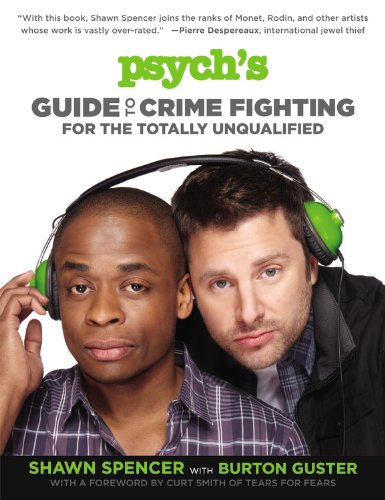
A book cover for Psych's Guide to Crime Fighting for the Totally Unqualified; Shawn Spencer; Humor & Entertainment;